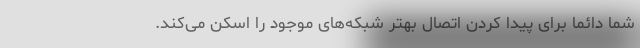
شما دائماً برای پیدا کردن اتصال بهتر شبکه‌های موجود را اسکن می‌کند.